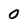
Character: 0